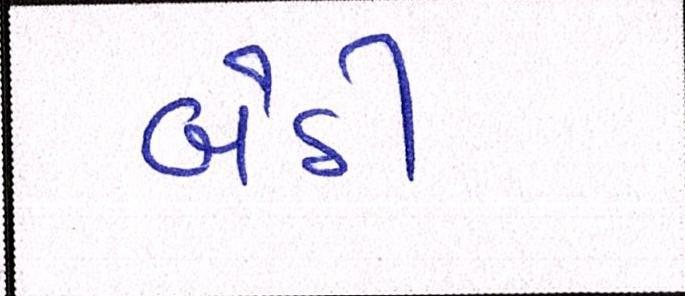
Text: બેઠી